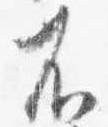
不